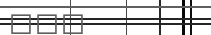
١٠١